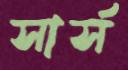
সার্স